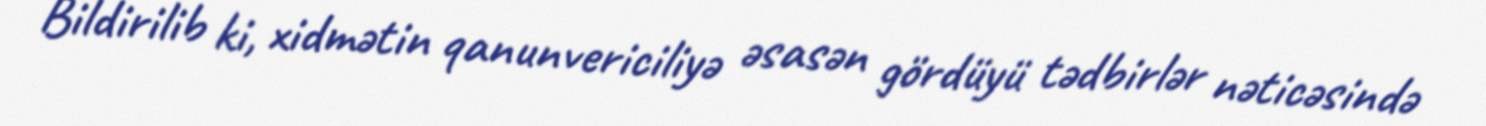
Bildirilib ki, xidmətin qanunvericiliyə əsasən gördüyü tədbirlər nəticəsində